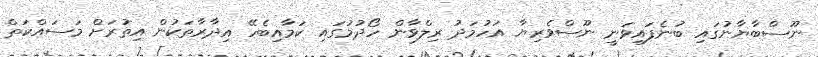
ނޫސްބާޔާނުގައި ބުނެފައިވަނީ ނޫސްވެރިޔާ އަހުމަދު ރިލްވާން ހޯދުމުގައި ކަމާއިބެހޭ އިދާރާތަކުން އިތުރަށް މަސައްކަތް